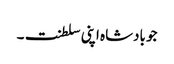
جو بادشاہ اپنی سلطنت۔